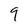
Character: 9